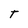
Character: t